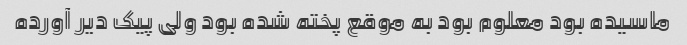
ماسیده بود معلوم بود به موقع پخته شده بود ولی پیک دیر آورده